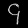
Digit: ၄